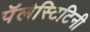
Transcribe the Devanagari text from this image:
पॅलेस्टिटिनी